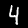
Label: 4